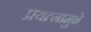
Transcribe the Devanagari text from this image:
प्रयत्‍नामुळे